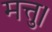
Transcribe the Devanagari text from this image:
मत्तु।